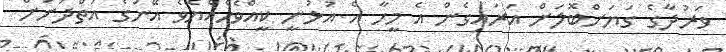
ވަރުދާގެ ގަޔަށްބޮލަށް އަރައިގެން އެ މީހާ އެ އުޅުނީ ކީއްވެހެއްޔެވެ އޭނަގެ އަތްދަށަށް